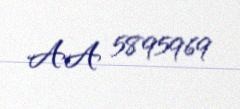
AA 5895969